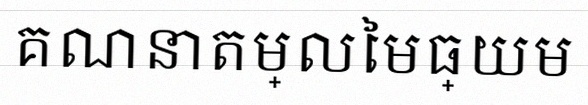
គណនាតម្លៃមធ្យម